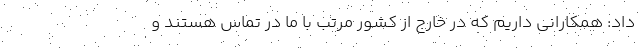
داد: همکارانی داریم که در خارج از کشور مرتب با ما در تماس هستند و